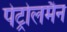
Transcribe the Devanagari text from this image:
पेट्रोलमैन